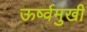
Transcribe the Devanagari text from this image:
ऊर्ष्वमुखी